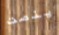
ينصت